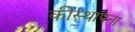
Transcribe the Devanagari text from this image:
कीस्थापना